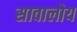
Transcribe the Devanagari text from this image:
सावालोय